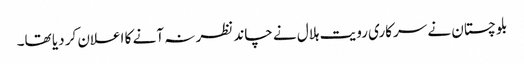
بلوچستان نے سرکاری رویت ہلال نے چاند نظر نہ آنے کا اعلان کر دیا تھا۔